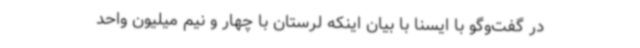
در گفت‌وگو با ایسنا با بیان اینکه لرستان با چهار و نیم میلیون واحد